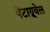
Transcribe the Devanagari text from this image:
पेंटाग्रूवेल